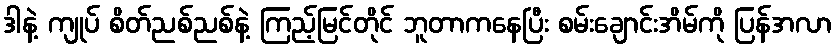
ဒါနဲ့ ကျုပ် စိတ်ညစ်ညစ်နဲ့ ကြည့်မြင်တိုင် ဘူတာကနေပြီး စမ်းချောင်းအိမ်ကို ပြန်အလာ